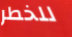
للخطر